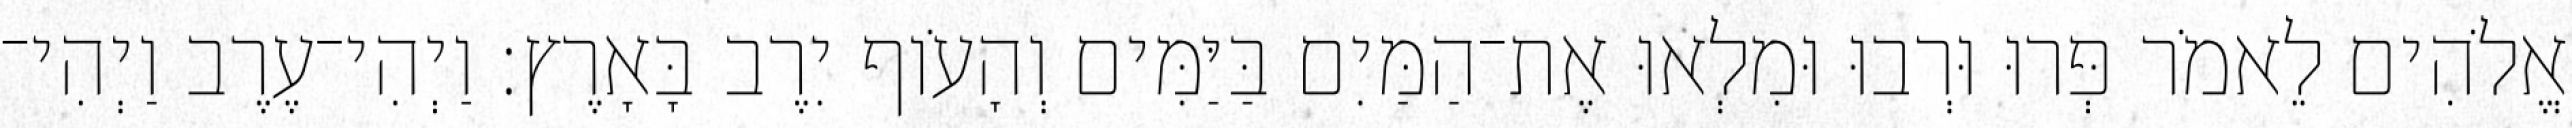
אֱלֹהִים לֵאמֹר פְּרוּ וּרְבוּ וּמִלְאוּ אֶת־הַמַּיִם בַּיַּמִּים וְהָעֹוף יִרֶב בָּאָרֶץ׃ וַיְהִי־עֶרֶב וַיְהִי־